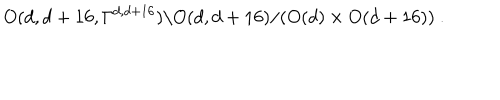
O ( d , d + 1 6 , \Gamma ^ { d , d + 1 6 } ) \backslash O ( d , d + 1 6 ) / ( O ( d ) \times O ( d + 1 6 ) ) ~ .